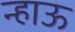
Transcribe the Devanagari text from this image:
न्हाऊ